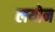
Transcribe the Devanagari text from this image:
लयोन